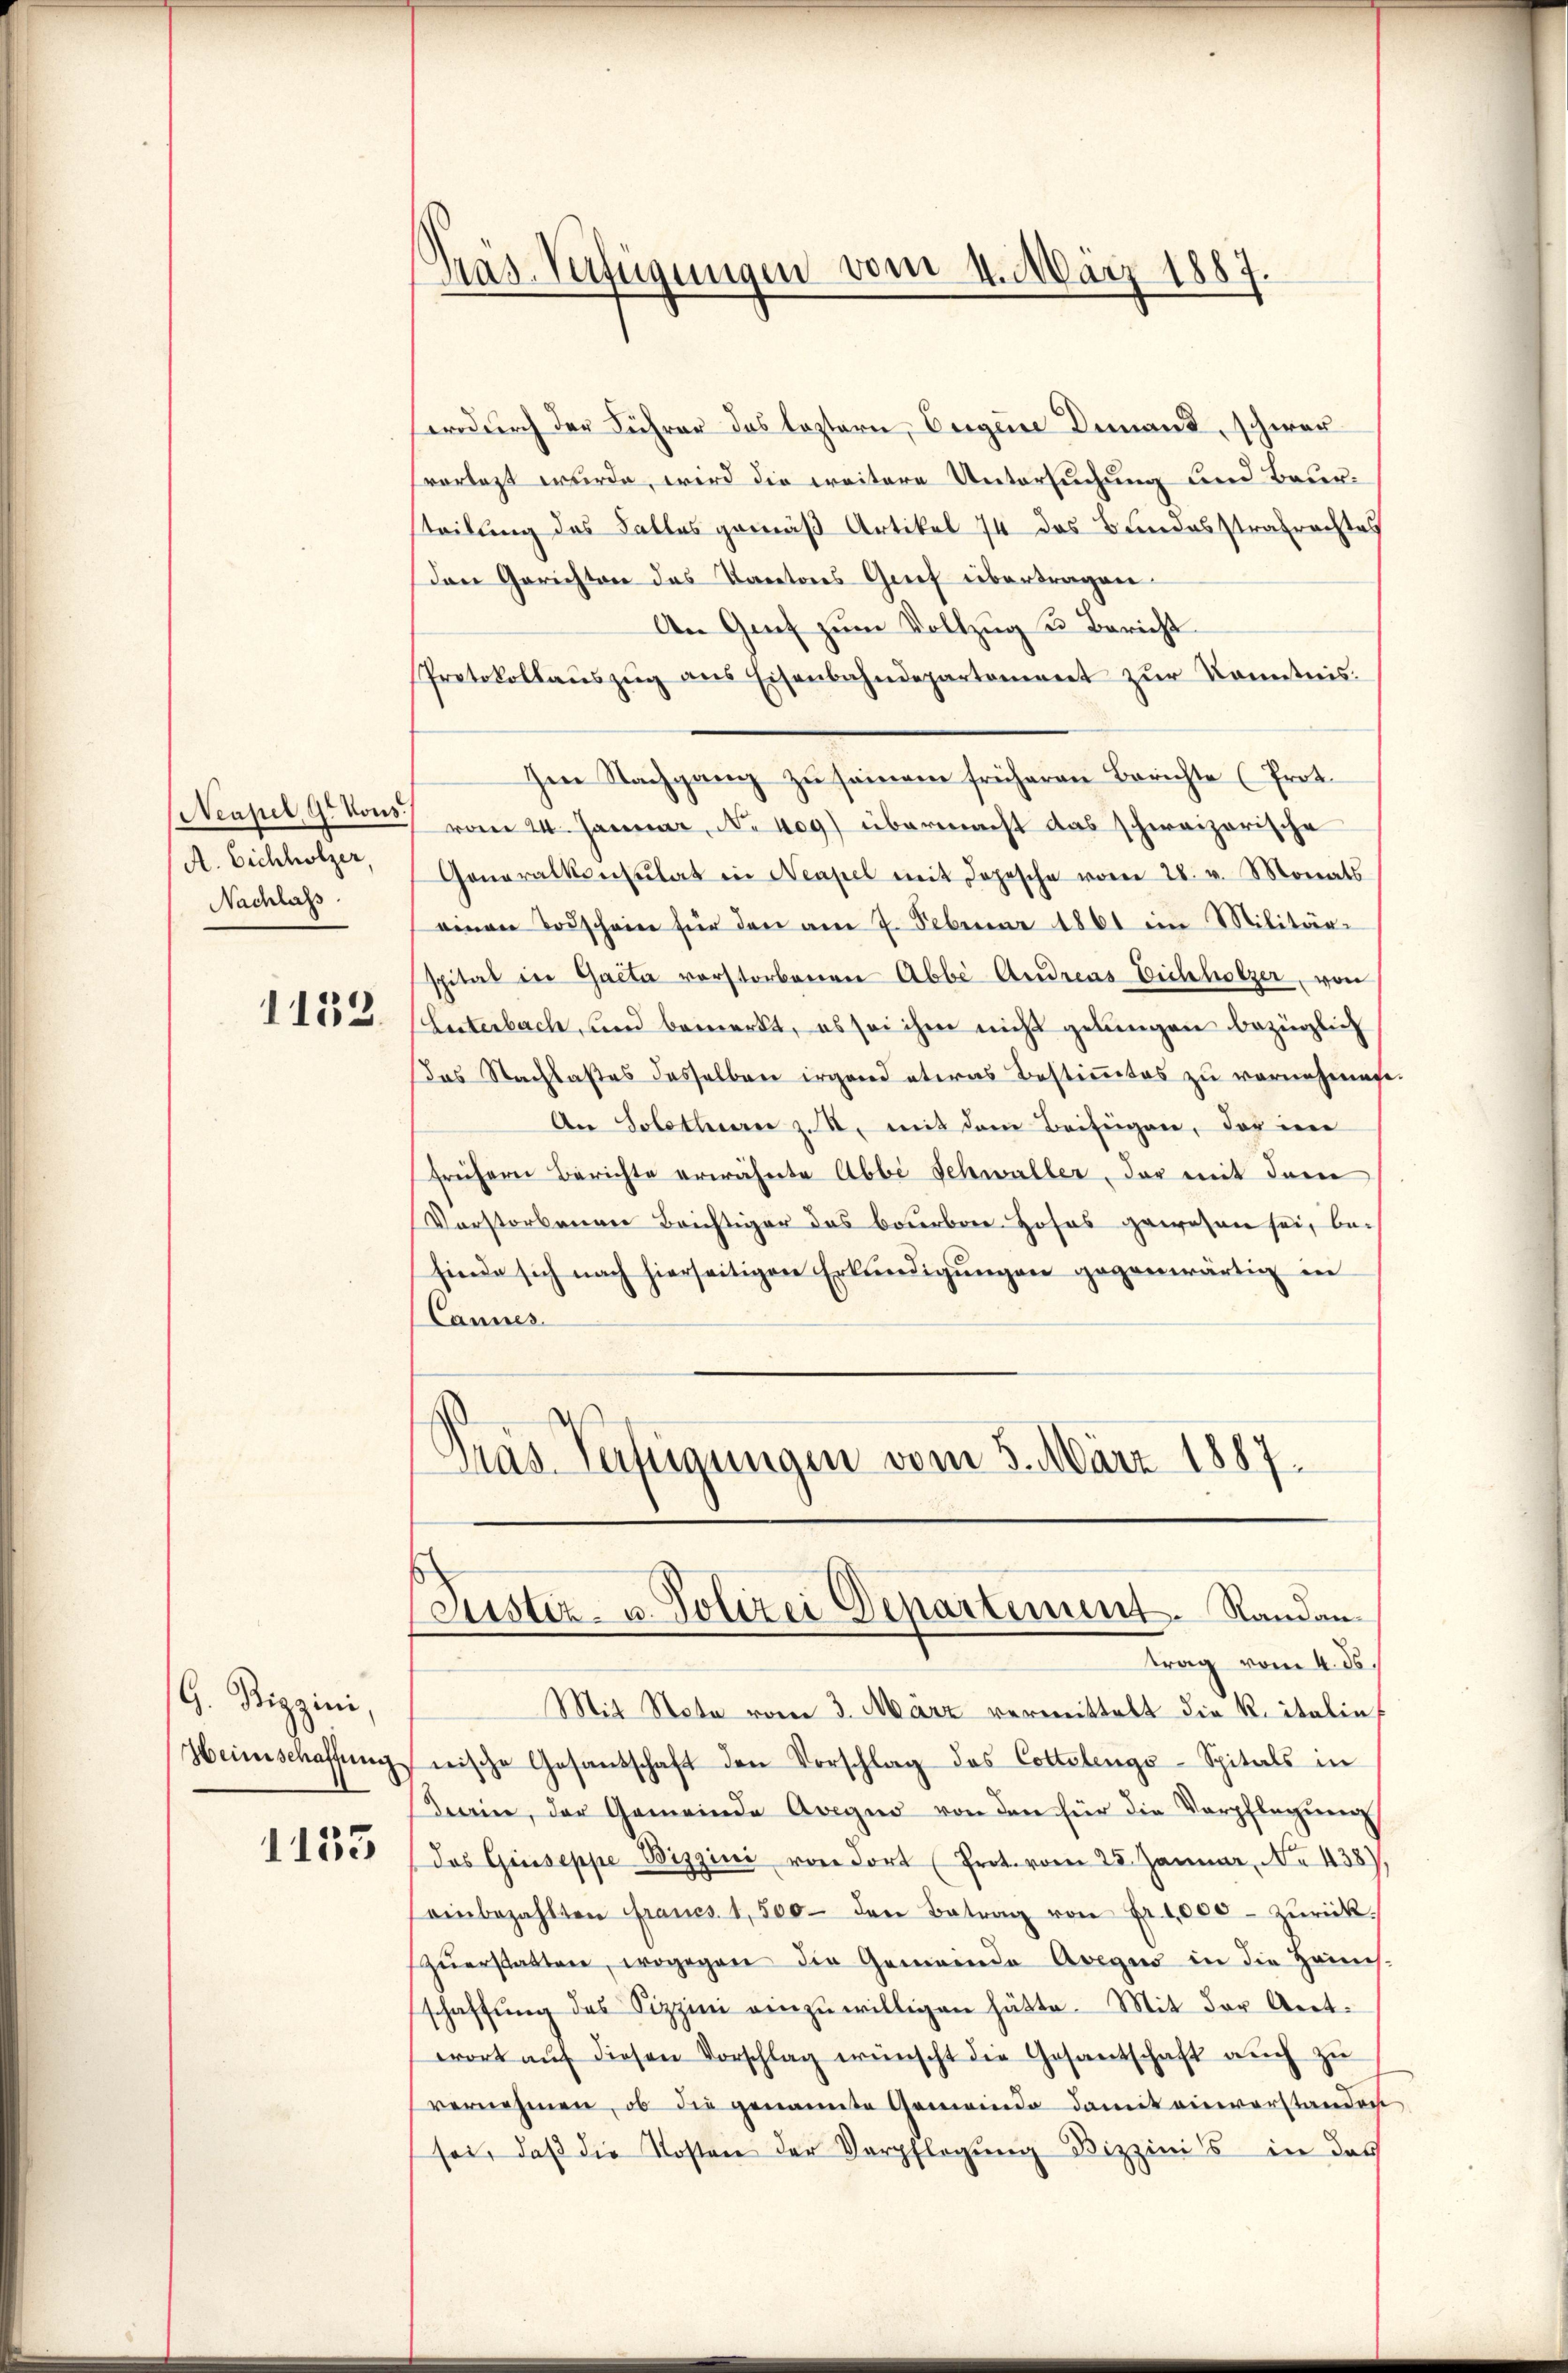
Neapel, 9t Kons.
A. Eichholzer,
Nachlass

1132.

G. Dippini,
Heimschaffung
1133

Präs. Verfügungen vom 4. März 1887

swodurch der Führer das leztern, beigene Demand, schwer
vorlegt wurde, wird die weitere Untersuchung und Beursteilung des Falles gemäß Artikel 74 das Bundesstrafrachtes
Den Gerichten das Kantons Grief übertragen
An Gent zum Vollzug u. Bericht
Protokollaŭszŭg ans Eisenbahndepartement zŭr Kenntnis.
Im Nachgang zu seinem früheren Berichte (Prot.
vom 24. Januar, No 409) übermacht das schweizerische
Generalkonsulat in Neapel mit Jopesche vom 28. v. Monats
einen Todschein für den am 7. Feberenz 1861 ein Militär-
spital in Gacta verstorbenen Abbe Andreas Eichholzer, von
(Lnterbach, und bemerkt, es sei ihm nicht gelungen bezüglich
das Nachlastes desselben irgend etwas Bestimmtes zu vornehmen.
An Solothurn z. S. mit dem Beifügen, der in
frühern Berichte erwähnte Abbi Schwaller, der mit dem
Vorstorbenen Brichtiger das barbare Hofes gewesen sei, be-
finde sich nach hierseitigen Erkundigungen gegenwärtig in
Cannes
Pras Verfügungen vom 5. März 1887.

(Justiz- u. Polizei Departement. Standan
trag vom 4. ds.

Mit Note vom 3. März vermittelt die K. italin
nische Gesandschaft den Vorschlag das Cottetengo-Spitals in
Krain, der Gemeinde Avegno von den für die Verpflegŭng
das Giuseppe Biggini von dort (Prot. vom 25. Januar, No. 438)
einbezahlten francs 1,500 den Betrag von Fr. 1,000. zŭrück.
zŭerstatten, wogegen die Gemeinde Avegus in die Heimis-
schaffŭng des Sizzini einzuwilligen hätte. Mit der Ant.
wort aŭf diesen Vorschlag wünscht die Gesantschaft aŭch zŭ
vernehmen, ob die genannte Gemeinde damit einverstanden
sei, daß die Kosten der Verpflegung Bizzini's in des